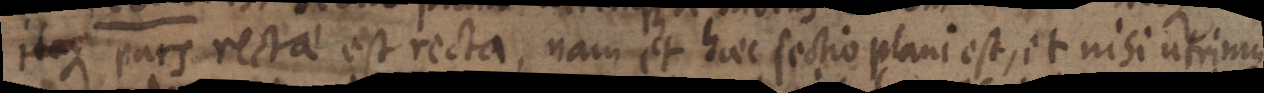
itaque pars recta est recta, nam et haec sectio plani est, et nisi utrinque